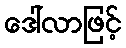
ဒေါ်လာဖြင့်